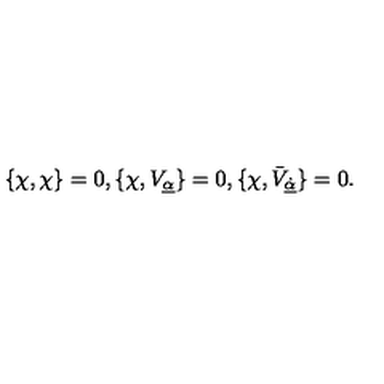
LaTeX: { \displaystyle \{ \chi , \chi \} = 0 , \{ \chi , V _ { \underline { \alpha } } \} = 0 , \{ \chi , \bar { V } _ { \underline { { \dot { \alpha } } } } \} = 0 . }